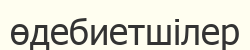
өдебиетшілер